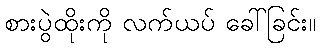
စားပွဲထိုးကို လက်ယပ် ခေါ်ခြင်း။